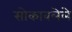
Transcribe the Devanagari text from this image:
सोकावलेले